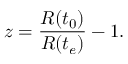
z = { \frac { R ( t _ { 0 } ) } { R ( t _ { e } ) } } - 1 .